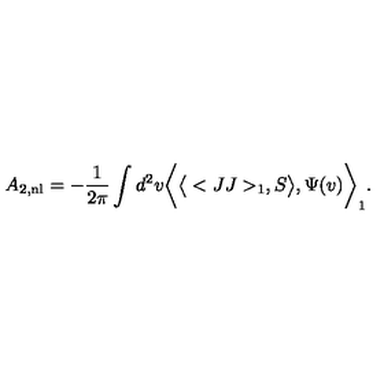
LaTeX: A _ { 2 , \mathrm { n l } } = - { \frac { 1 } { 2 \pi } } \int d ^ { 2 } v \bigg < \big < < J J > _ { 1 } , S \big > , \Psi ( v ) \bigg > _ { 1 } .